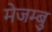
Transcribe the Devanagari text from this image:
मेजम्बु